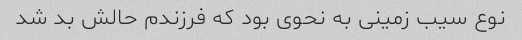
نوع سیب زمینی به نحوی بود که فرزندم حالش بد شد